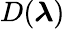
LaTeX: D(\boldsymbol{\lambda})